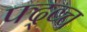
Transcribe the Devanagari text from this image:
फ्द्व्च